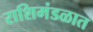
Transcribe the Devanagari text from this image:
राशिमंडळात